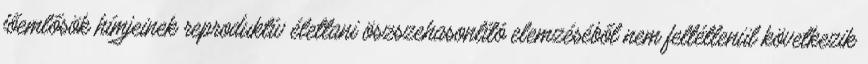
főemlősök hímjeinek reproduktív élettani öszszehasonlító elemzéséből nem feltétlenül következik